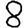
Digit: 8